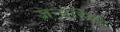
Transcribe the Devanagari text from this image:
जन्मसिध्द